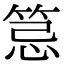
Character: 𥭜